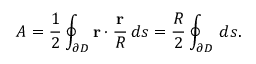
A = { \frac { 1 } { 2 } } \oint _ { \partial D } \mathbf { r } \cdot { \frac { \mathbf { r } } { R } } \, d s = { \frac { R } { 2 } } \oint _ { \partial D } \, d s .